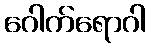
ဂေါက်ရောဂါ